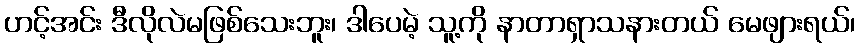
ဟင့်အင်း ဒီလိုလဲမဖြစ်သေးဘူး၊ ဒါပေမဲ့ သူ့ကို နာတာရှာသနားတယ် မေဖျားရယ်၊